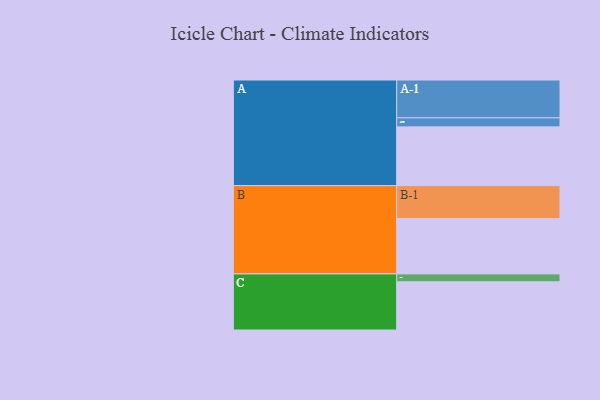
{"axis": {"x": "Segment", "y": "Value"}, "legend": ["", "A", "B", "C"], "data": [{"x": "A", "y": 396, "type": ""}, {"x": "B", "y": 373, "type": ""}, {"x": "C", "y": 325, "type": ""}, {"x": "A-1", "y": 255, "type": "A"}, {"x": "A-2", "y": 61, "type": "A"}, {"x": "B-1", "y": 222, "type": "B"}, {"x": "C-1", "y": 53, "type": "C"}]}